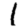
Digit: 1